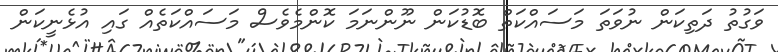
ވަގުތު ދަތިކަން ނުވަތަ މަސައްކަތް ބޮޑުކަން ނޫންނަމަ ކޮންމެވެސް މަސައްކަތެއް ގައި އުޅެނީކަން